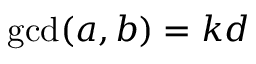
\operatorname* { g c d } ( a , b ) = k d